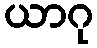
ယာဂု